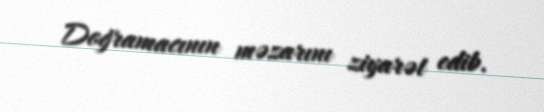
Doğramacının məzarını ziyarət edib.